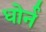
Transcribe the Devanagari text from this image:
धोर्न